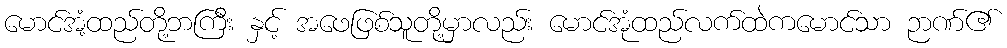
မောင်အံ့ထည်တို့ဘကြီး နှင့် အဖေဖြစ်သူတို့မှာလည်း မောင်အုံထည်လက်ထဲကမောင်သာ ဉာဏ်၏